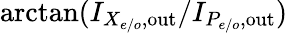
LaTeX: \arctan(I_{X_{e/o},\mathrm{out}}/I_{P_{e/o},\mathrm{out}})